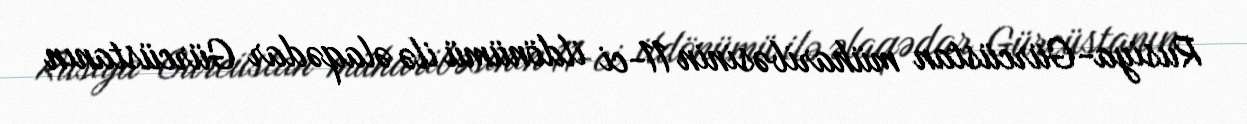
Rusiya-Gürcüstan müharibəsinin 11-ci ildönümü ilə əlaqədar Gürcüstanın